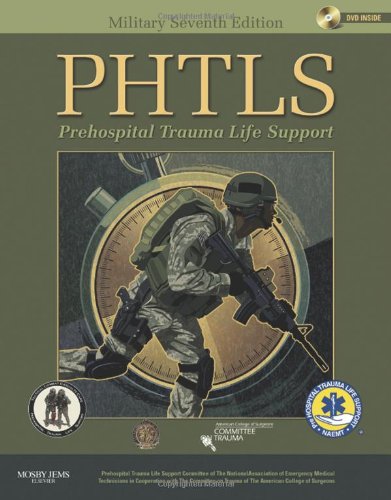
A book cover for PHTLS Prehospital Trauma Life Support: Military Edition; NAEMT; Medical Books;